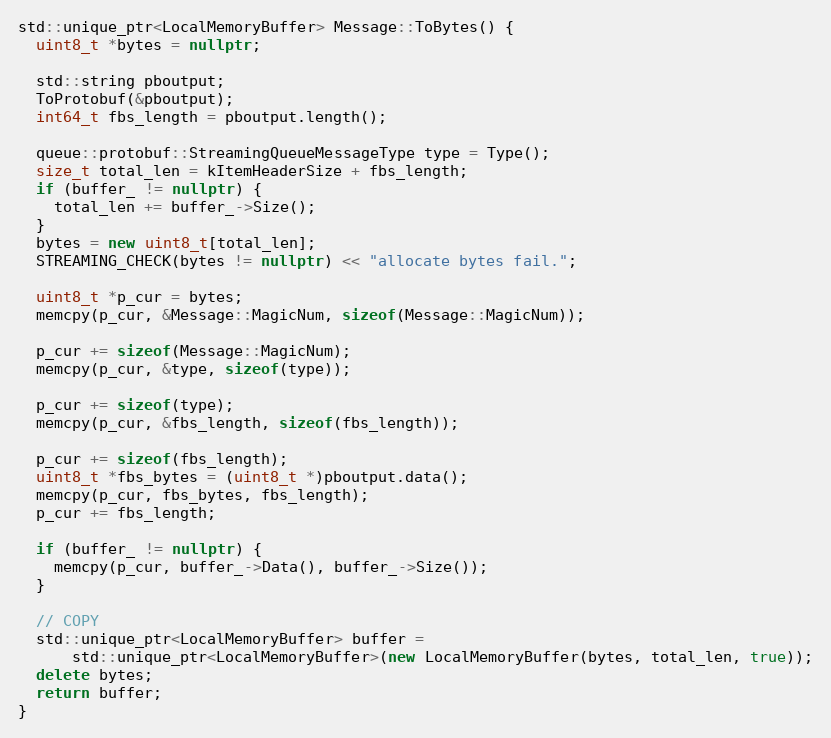
Language: C++
std::unique_ptr<LocalMemoryBuffer> Message::ToBytes() {
  uint8_t *bytes = nullptr;

  std::string pboutput;
  ToProtobuf(&pboutput);
  int64_t fbs_length = pboutput.length();

  queue::protobuf::StreamingQueueMessageType type = Type();
  size_t total_len = kItemHeaderSize + fbs_length;
  if (buffer_ != nullptr) {
    total_len += buffer_->Size();
  }
  bytes = new uint8_t[total_len];
  STREAMING_CHECK(bytes != nullptr) << "allocate bytes fail.";

  uint8_t *p_cur = bytes;
  memcpy(p_cur, &Message::MagicNum, sizeof(Message::MagicNum));

  p_cur += sizeof(Message::MagicNum);
  memcpy(p_cur, &type, sizeof(type));

  p_cur += sizeof(type);
  memcpy(p_cur, &fbs_length, sizeof(fbs_length));

  p_cur += sizeof(fbs_length);
  uint8_t *fbs_bytes = (uint8_t *)pboutput.data();
  memcpy(p_cur, fbs_bytes, fbs_length);
  p_cur += fbs_length;

  if (buffer_ != nullptr) {
    memcpy(p_cur, buffer_->Data(), buffer_->Size());
  }

  // COPY
  std::unique_ptr<LocalMemoryBuffer> buffer =
      std::unique_ptr<LocalMemoryBuffer>(new LocalMemoryBuffer(bytes, total_len, true));
  delete bytes;
  return buffer;
}